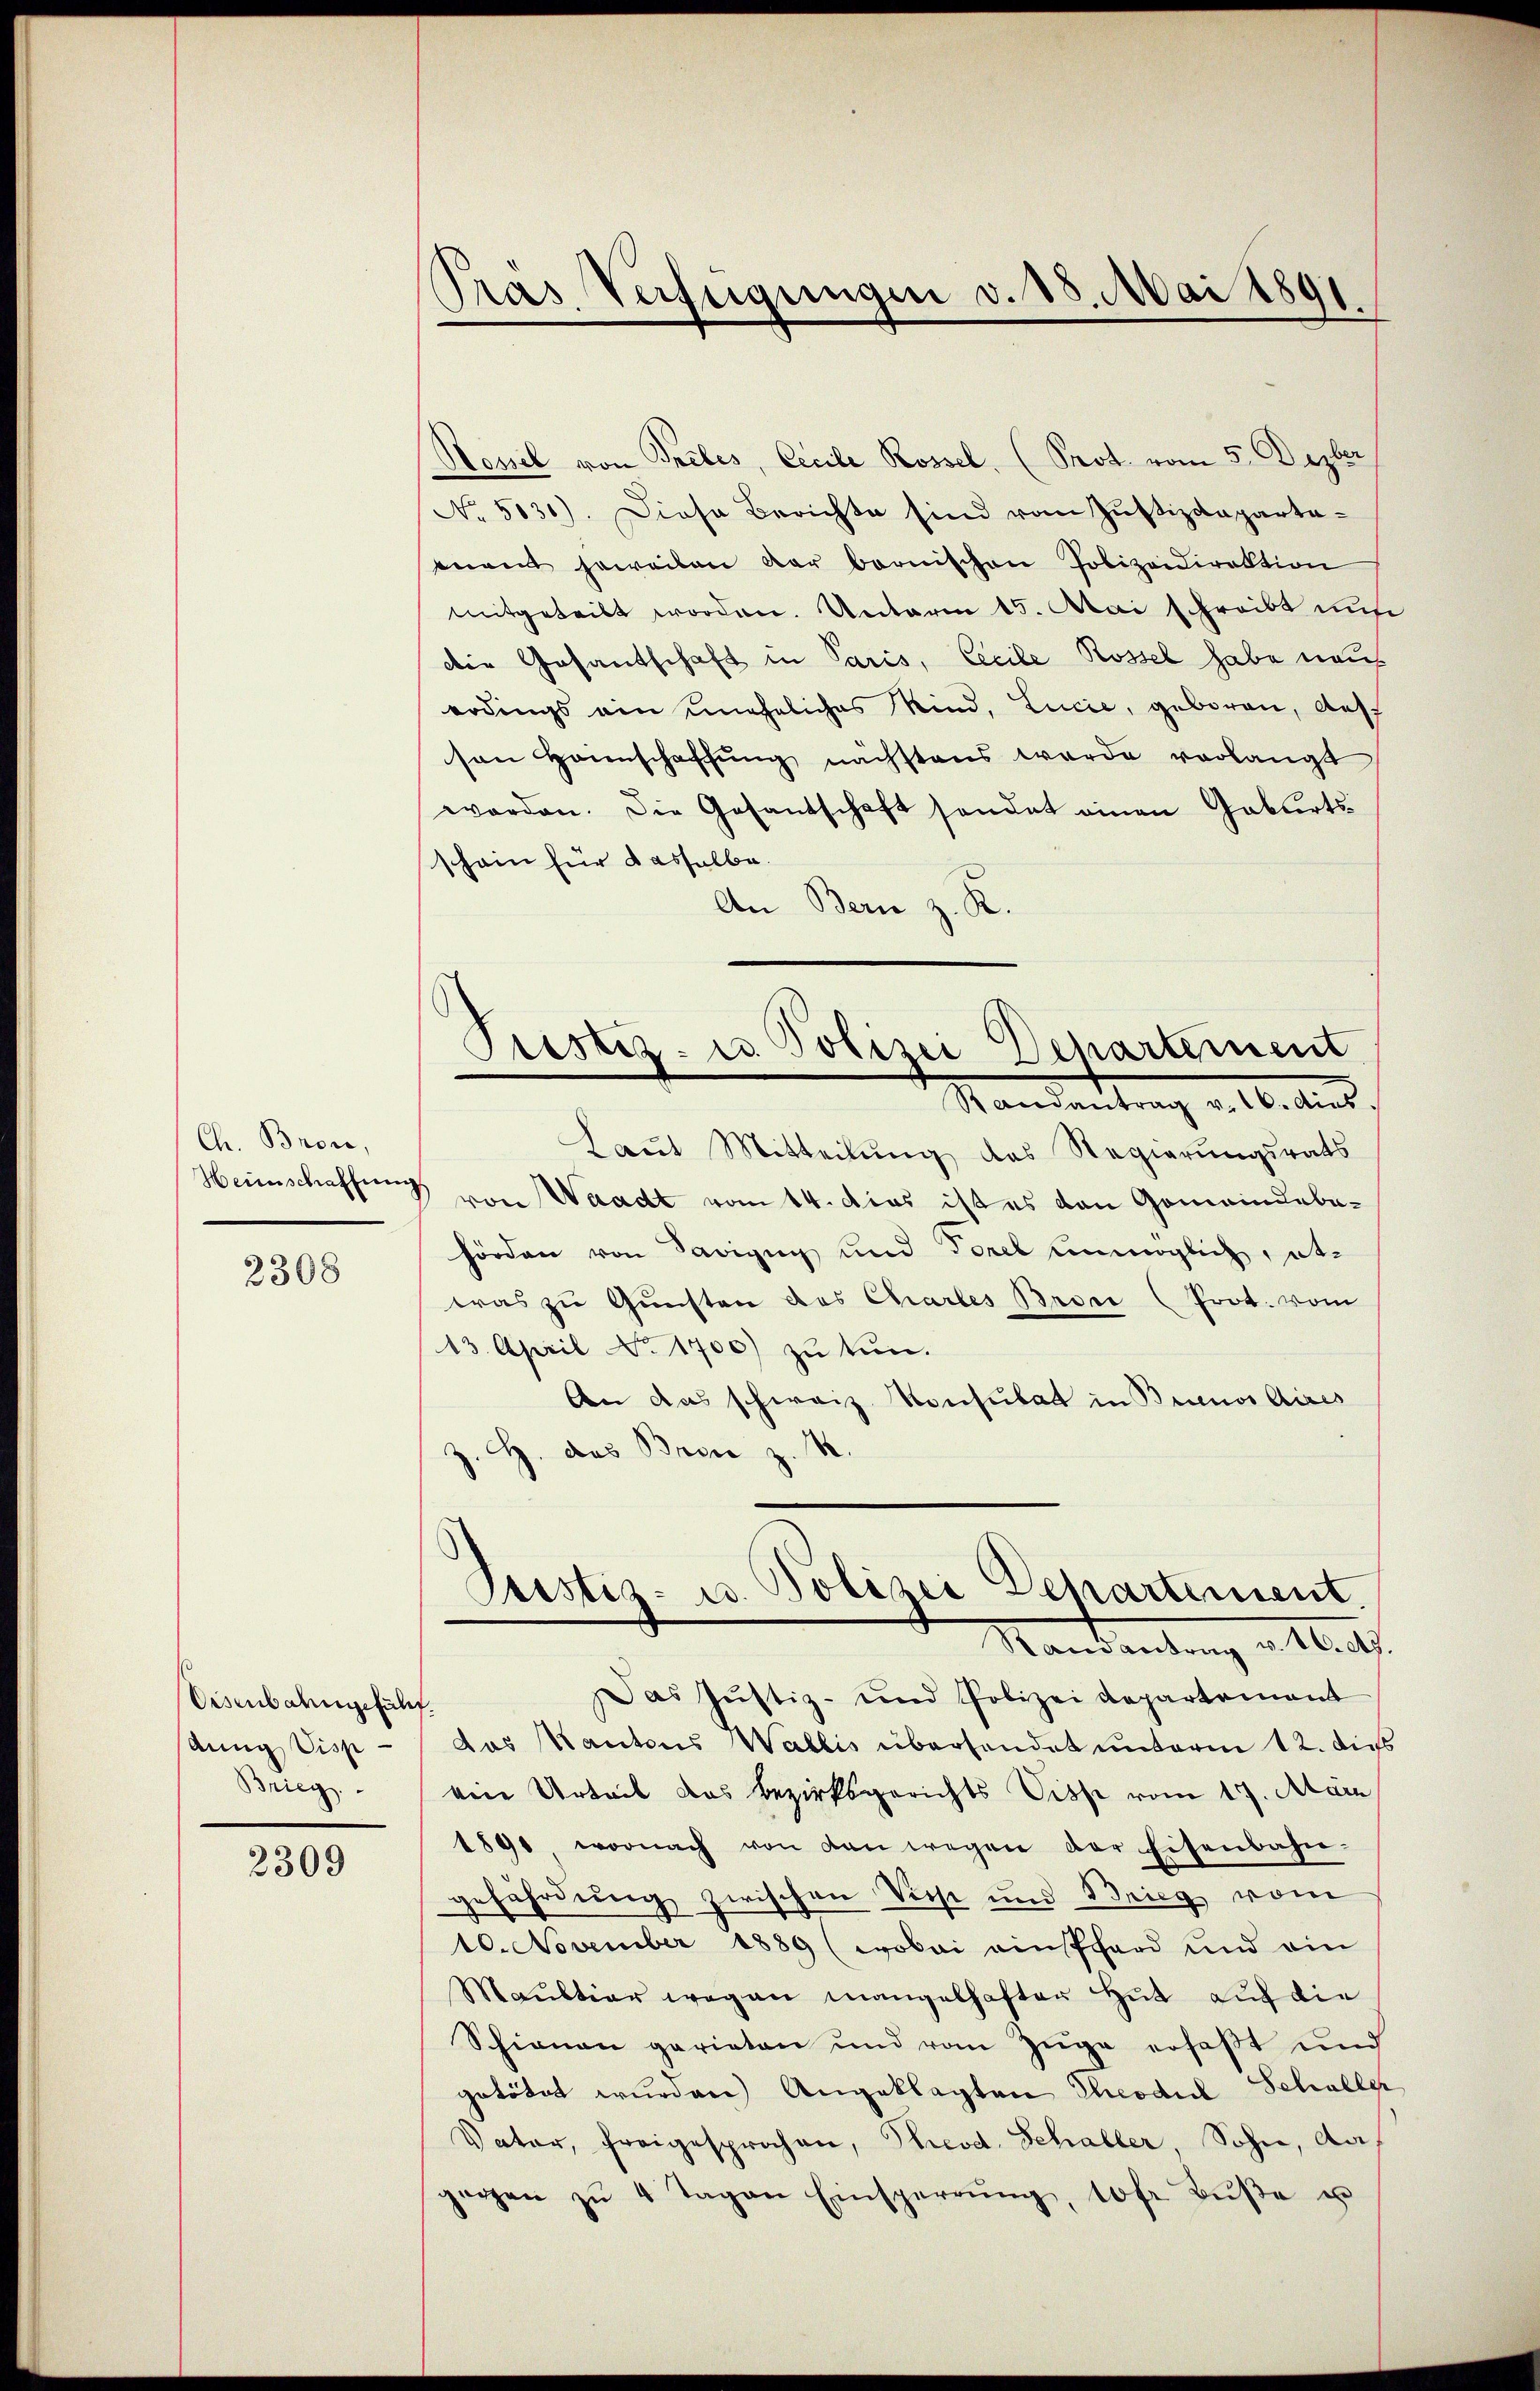
Ch. Bron,
Heinschaffung

2308

Eisenbahngeführt.
dung disp
Brieg

2309

Pras Verfügungen v. 18. Mai 1891

Pustiz- u. Polizei Departement
Standentrag v. 16. dies

Hossel von Preles, Cecile Rossel, (Prot. vom 5. Dezber
No. 5130). Diese Berichte sind vom Justizdepartamnant jeweilen der bernischen Polizeidirektion
mitgeteilt worden. Unterm 15. Mai schreibt aus
die Gesantschaft in Paris, Cecile Rossel habe mich
erdings ein uneheliches Kind, Lucie, geboren, aus
sen Hannschaffung nächstens wurde verlangt
worden. Die Gesantschaft sondet einen Gablertsschein für dasselbe.
An Bern z. R.
Laut Mitteilung des Regierungsrats
 von Waadt vom 14. Das ist es den Gemeindebehörden von Savigug und Forel unmöglich, abe
was zu Gunsten des Chartes Broce (Prot. vom
13. April No 1700) zu tun.
An das schweiz. Konsulat in Buenos Aires
z. H. das Broie z. B.
Justiz- u. Polizei Departement
Mandantung v. Mts.
Das Justiz- und Polizei Repartement
das Kantons Wallis übersendet unterm 12. dies
ein Urteil das Bezirksgerichts Disse vom 17. März
1891 wornach von den wegen der Eisenbahn-
gefährdung zwischen Vieh und Brieg vom
10. November 1889 (wobei einhard und ein
Maŭltiar weg an mangelhafter Hut auf die
Schienen gerieten und vom Züge erfaßt und
getötet wurden) Angeklagten Theoduel Schaller
Vater, freigesprochen, Theod. Schaller Sohn, dagegen zŭ 4 Tagen Einsperrŭng, 10 fr Bŭβe u